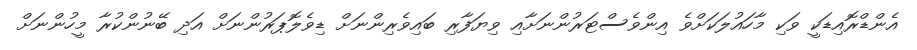
އެންޑްރޮއިޑަކީ ވަކި މާހައުލަކަށްވެ އިންވެސްޓަރުންނަށާއި ވިޔަފާރި ބައިވެރިންނަށް ޑިވެލޮޕަރުންނަށް އަދި ބޭނުންކުރާ މީހުންނަށް